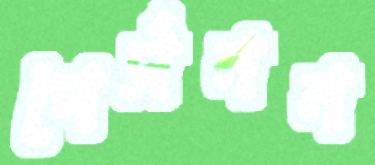
পের্সনন